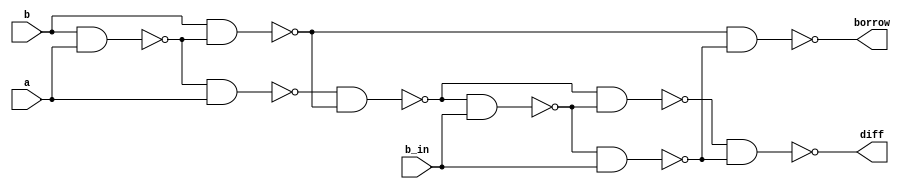
module fs_nand(a,b,b_in,diff, borrow);
  input a,b,b_in;
  output diff, borrow;
  wire w1,w2,w3,w4,w5,w6,w7;

	
  assign w1  = ~(b&a);  
  assign w2  = ~(w1&a);
  assign w3  = ~(b&w1);
  assign w4 = ~(w2&w3);
  assign w5  = ~(w4&b_in);
  assign w6  = ~(w4&w5);
  assign w7  = ~(w5&b_in);
  assign diff  = ~(w6&w7);
  assign borrow = ~(w3&w7);
endmodule